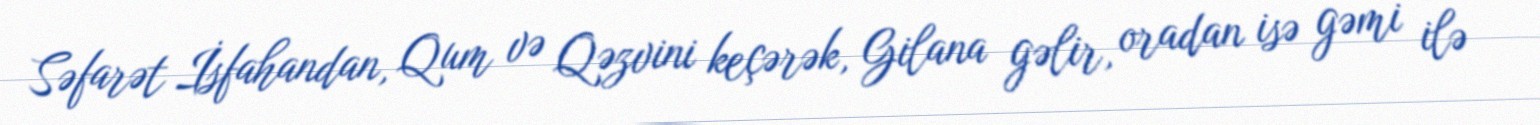
Səfarət İsfahandan, Qum və Qəzvini keçərək, Gilana gəlir, oradan isə gəmi ilə